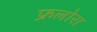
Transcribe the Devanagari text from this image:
फ्रलोरा